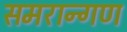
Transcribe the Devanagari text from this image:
समरान्गण